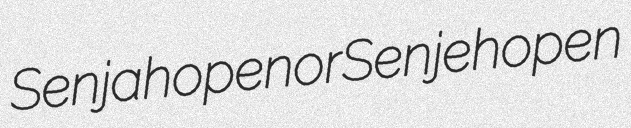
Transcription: Senjahopen or Senjehopen